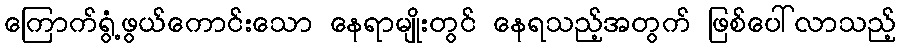
ကြောက်ရွံ့ဖွယ်ကောင်းသော နေရာမျိုးတွင် နေရသည့်အတွက် ဖြစ်ပေါ်လာသည့်